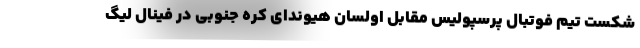
شکست تیم فوتبال پرسپولیس مقابل اولسان هیوندای کره جنوبی در فینال لیگ